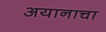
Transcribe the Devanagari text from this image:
अयानाचा